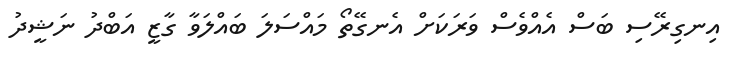
އިނގިރޭސި ބަސް އެއްވެސް ވަރަކަށް އެނގޭތޯ މައްސަލަ ބައްލަވާ ގާޒީ އަބްދު ނަޝީދު